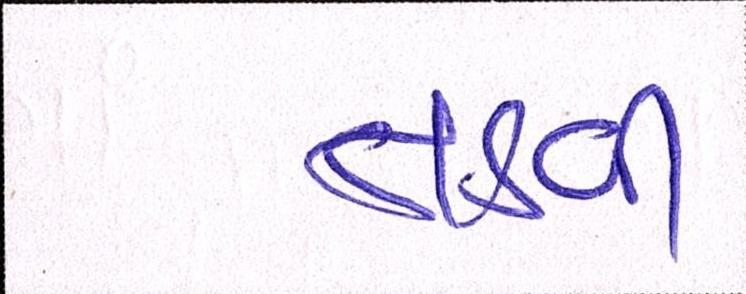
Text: તડવી